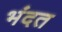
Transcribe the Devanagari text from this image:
भंदत